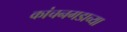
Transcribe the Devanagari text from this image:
कांचनगडाच्या